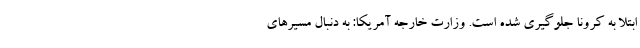
ابتلا به کرونا جلوگیری شده است. وزارت خارجه آمریکا: به دنبال مسیرهای